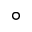
^ \circ